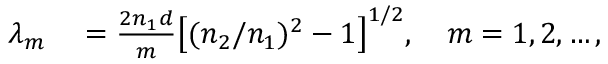
\begin{array} { r l } { \lambda _ { m } } & { { } = \frac { 2 n _ { 1 } d } { m } \big [ ( n _ { 2 } / n _ { 1 } ) ^ { 2 } - 1 \big ] ^ { 1 / 2 } , \quad m = 1 , 2 , \ldots , } \end{array}